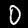
Digit: 0